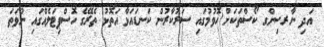
އަދި ނާރސިންގ ކޯސްތަކަށް ހޮވުމުގައި ސަރުކާރުން ކަނޑައަޅާ އަތޮޅު ތެރޭގެ ހޮސްޕިޓަލެއްގައި ނުވަތަ